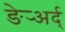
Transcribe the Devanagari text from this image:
ङेर्‍अर्द्